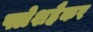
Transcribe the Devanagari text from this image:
फ्लेशहैकर